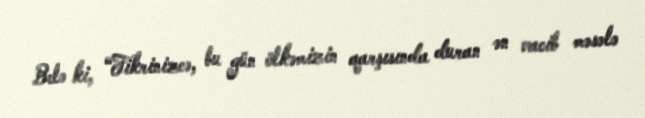
Belə ki, “Fikrinizcə, bu gün ölkəmizin qarşısında duran ən vacib məsələ